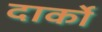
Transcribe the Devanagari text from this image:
दार्को